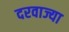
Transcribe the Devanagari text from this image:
दरवाज्या